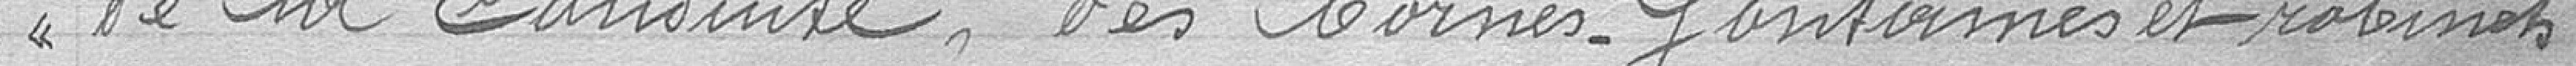
de la conduite, des bornes-fontaines et robinets